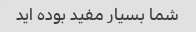
شما بسیار مفید بوده اید